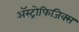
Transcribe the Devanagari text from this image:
ॲस्ट्रोफिजिक्स